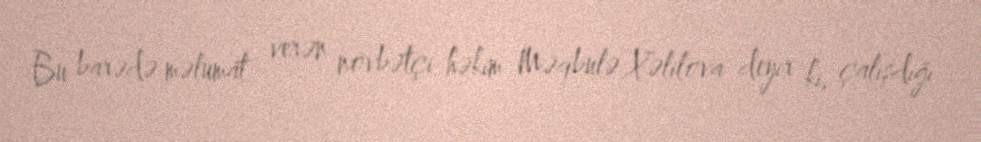
Bu barədə məlumat verən növbətçi həkim Məqbulə Xəlilova deyir ki, çalışdığı